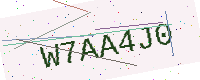
Text: W7AA4J0